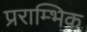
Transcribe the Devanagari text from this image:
प्रराम्भिक